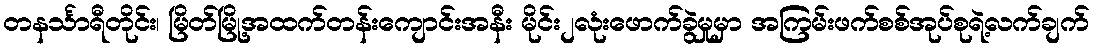
တနင်္သာရီတိုင်း၊ မြိတ်မြို့အထက်တန်းကျောင်းအနီး မိုင်း၂လုံးဖောက်ခွဲမှုမှာ အကြမ်းဖက်စစ်အုပ်စုရဲ့လက်ချက်